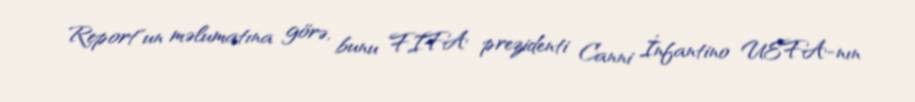
Report"un məlumatına görə, bunu FIFA prezidenti Canni İnfantino UEFA-nın